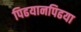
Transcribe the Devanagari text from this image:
पिढयानपिढया